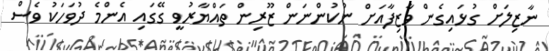
ނާޒިލަށް ގުޅައިގެން ވާޒިފާއަށް ނުކުންނަން ޒޫރިން ތައްޔާރުވީ ގޭގައި އެންމެ ދުވަހަކު ވެސް